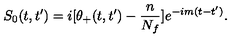
S _ { 0 } ( t , t ^ { \prime } ) = i [ \theta _ { + } ( t , t ^ { \prime } ) - { \frac { n } { N _ { f } } } ] e ^ { - i m ( t - t ^ { \prime } ) } .